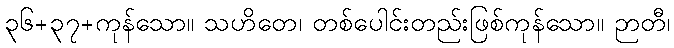
၃၆+၃၇+ကုန်သော။ သဟိတေ၊ တစ်ပေါင်းတည်းဖြစ်ကုန်သော။ ဉာတီ၊